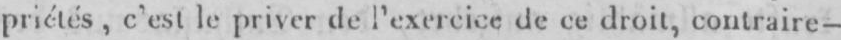
priétés, c’est le priver de l’exercice de ce droit, contraire-